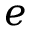
e